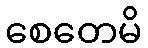
စေတေမိ